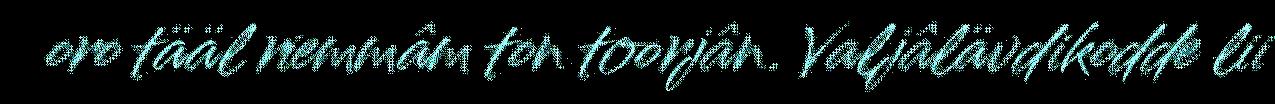
oro tääl riemmâm ton toorjân. Valjâlävdikodde lii